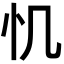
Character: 𢖯